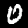
Label: 0